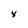
Character: x